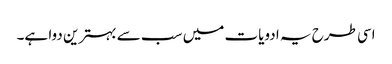
اسی طرح یہ ادویات میں سب سے بہترین دوا ہے۔